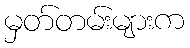
မှတ်တမ်းများက